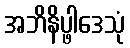
အဘိနိပ္ဖါဒေသုံ